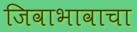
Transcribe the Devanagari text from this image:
जिवाभावाचा